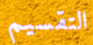
التقسيم